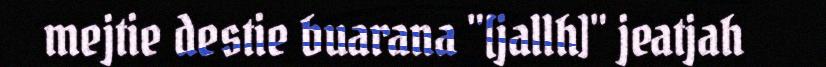
mejtie destie buarana "[jallh]" jeatjah